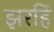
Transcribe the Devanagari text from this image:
झरहिं